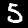
Label: 5